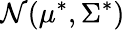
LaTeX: \mathcal{N}(\mathbf{\mu}^{*},\Sigma^{*})